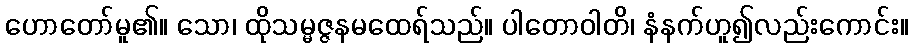
ဟောတော်မူ၏။ သော၊ ထိုသမ္မဇ္ဇနမထေရ်သည်။ ပါတောဝါတိ၊ နံနက်ဟူ၍လည်းကောင်း။